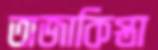
তাজাকিস্তা